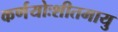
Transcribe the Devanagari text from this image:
कर्णयोःशीतमायु